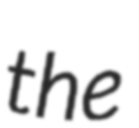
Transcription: the